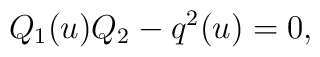
Q_1 (u) Q_2  - q^2 (u)  = 0,